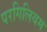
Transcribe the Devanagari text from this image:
परगिलियम